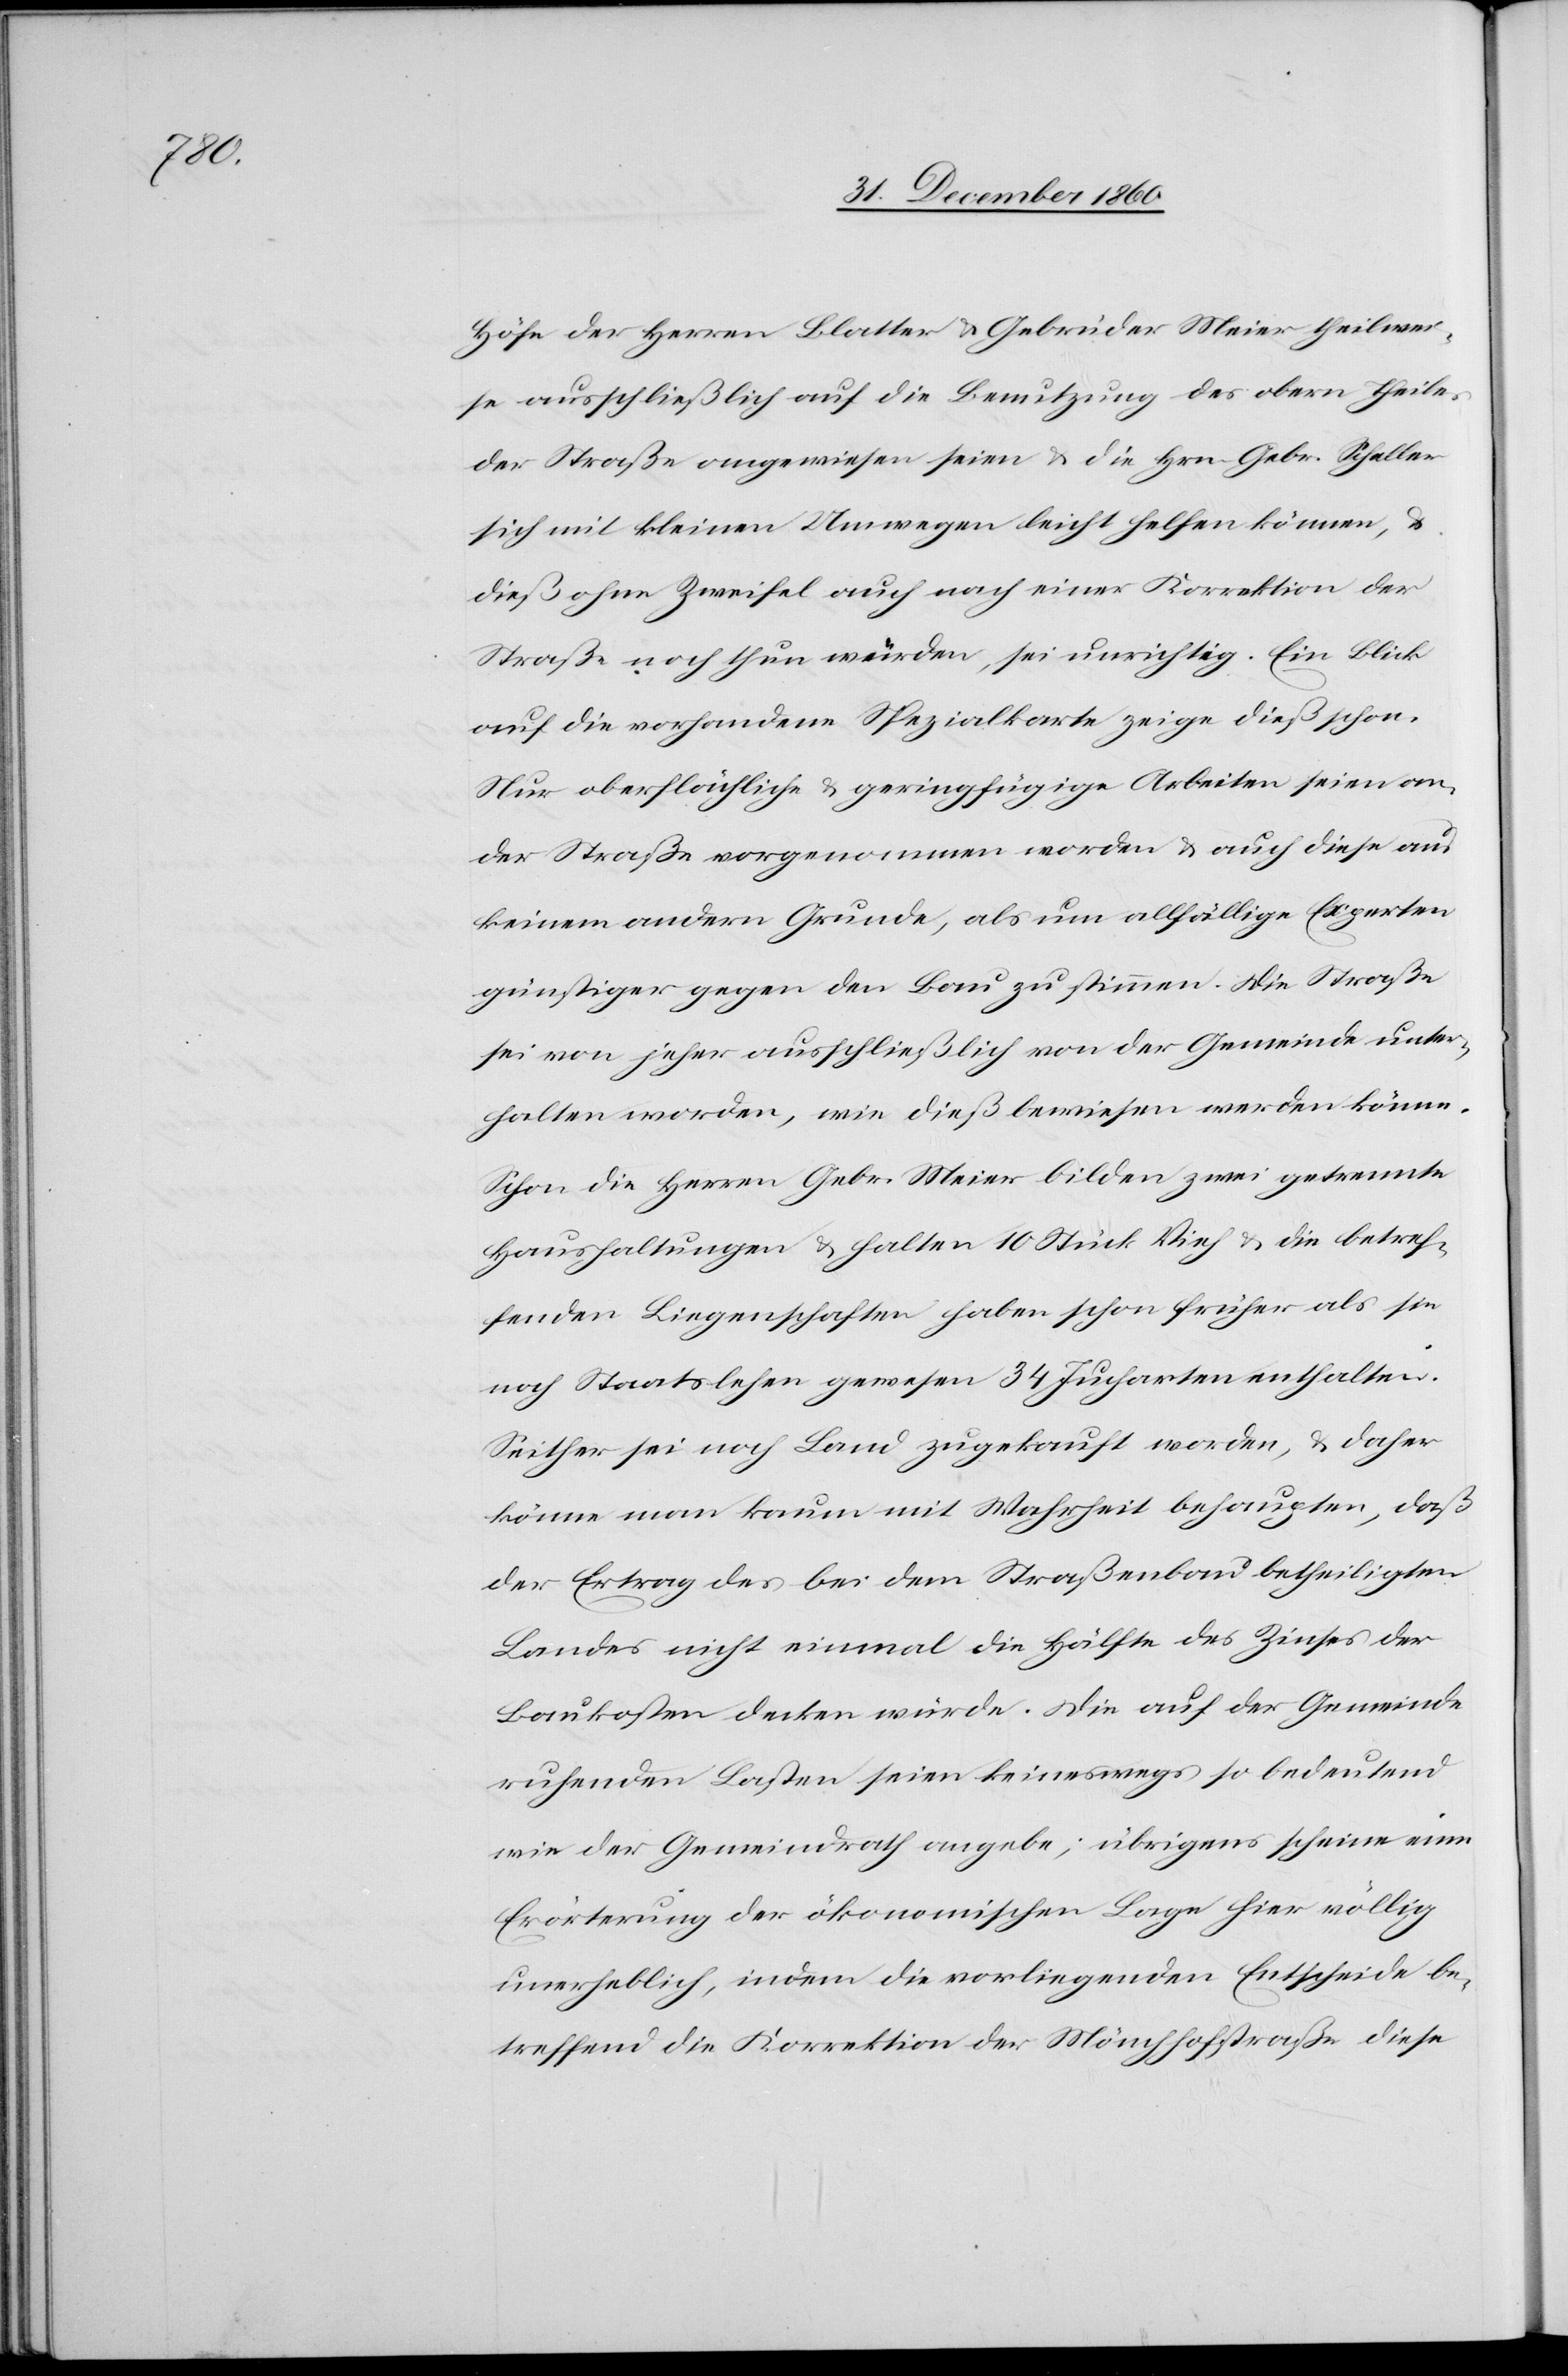
Höfe der Herren Blatter u. Gebrüder Meier theilwei¬
se ausschließlich auf die Benutzung des obern Theiles
der Straße angewiesen seien u. die Hr. Gebr. Scheller
sich mit kleinen Umwegen leicht helfen können, u.
dieß ohne Zweifel auch nach einer Korrektion der
Straße noch thun würden, sei unrichtig. Ein Blick
auf die vorhandene Spezialkarte zeige indeß schon.
Nur oberflächliche u. geringfügige Arbeiten sein an
der Straße vorgenommen worden u. auch diese aus
keinem andern Grunde, als nun allfällige Experten
günstiger gegen den Bau zu stimmen. Die Straße
sei von jeher ausschließlich von der Gemeinde unter¬
halten worden, wie dieß bewiesen werden könne.
Schon die Herren Gebr. Meier bilden zwei getrennte
Haushaltungen u. halten 10 Stück Vieh u. die betref¬
fenden Liegenschaften haben schon früher als sie
noch Staatslehen gewesen 34 Jucharten enthalten.
Seither sei noch Land zugekauft worden u. daher
könne man kaum mit Wahrheit behaupten, daß
der Ertrag des bei dem Straßenbau betheiligten
Landes nicht einmal die Hälfte des Zinses der
Baukosten decken würde. Die auf der Gemeinde
ruhenden Lasten seien keineswegs so bedeutend
wie der Gemeindrath angebe; übrigens scheine eine
Erörterung der ökonomischen Lage hier völlig
unerheblich, indem die vorliegenden Entscheide be¬
treffend die Korrektion der Mönchhofstraße diese